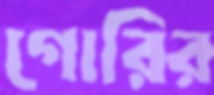
গোরির